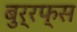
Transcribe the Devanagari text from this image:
बुर्रफ्स